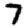
Digit: 7